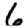
Digit: 6